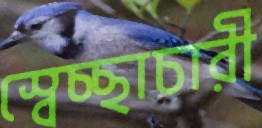
স্বেচ্ছাচারী